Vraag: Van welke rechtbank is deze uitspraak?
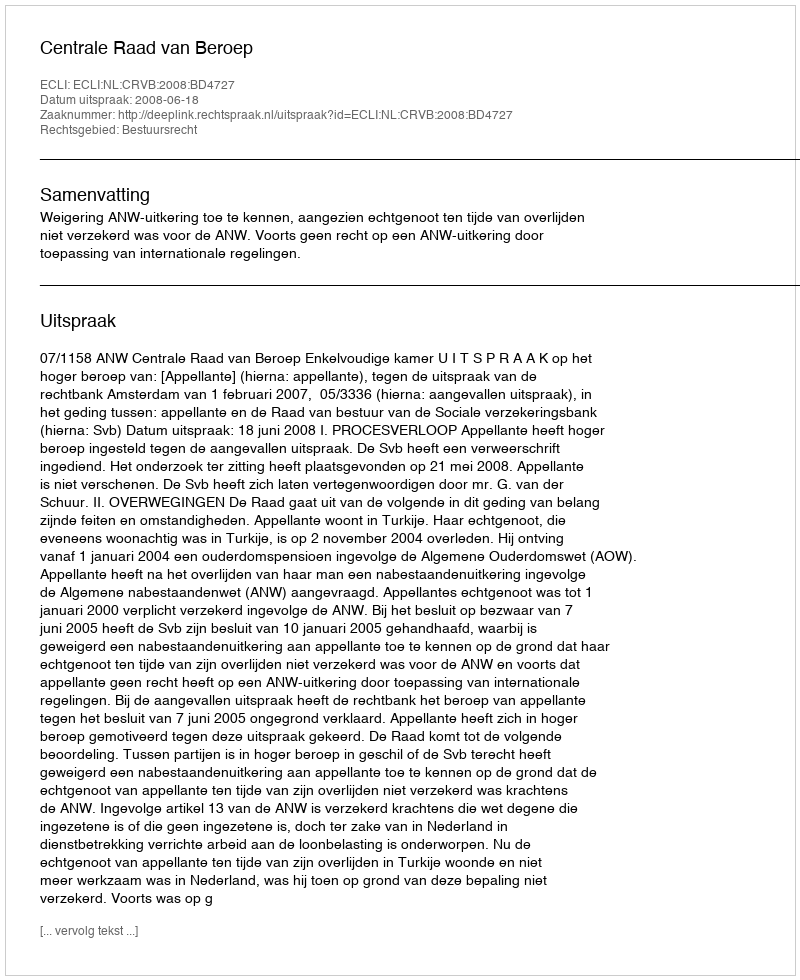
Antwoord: Centrale Raad van Beroep